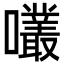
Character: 𡅇